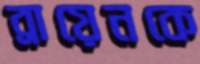
ব্রায়েনকে